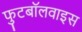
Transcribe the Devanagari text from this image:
फुटबॉलवाइस